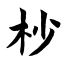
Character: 杪